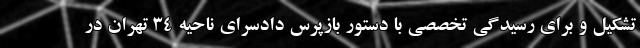
تشکیل و برای رسیدگی تخصصی با دستور بازپرس دادسرای ناحیه ۳۴ تهران در